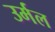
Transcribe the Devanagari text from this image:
उर्मल